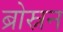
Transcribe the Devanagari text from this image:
ब्रोस्नन